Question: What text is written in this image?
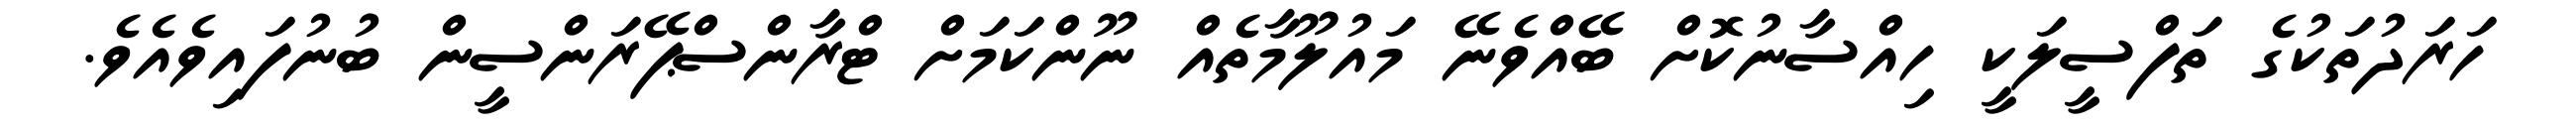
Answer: ހަރަދުތަކުގެ ތަފްސީލަކީ ހިއްސާނުކޮށް ބޭއްވެނޭ މައުލޫމާތެއް ނޫންކަމަށް ޓްރާންސްޕޭރަންސީން ބުނުފައިވެއެވެ.